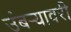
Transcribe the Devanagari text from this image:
उंबर्‍यावरी